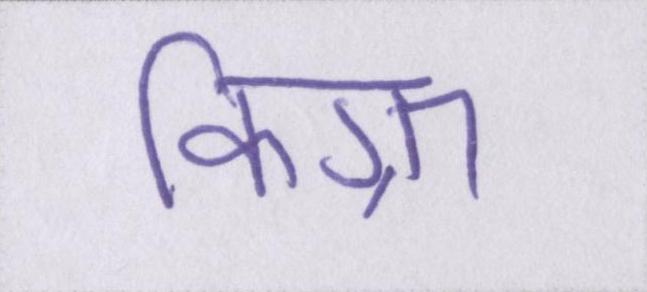
किग्रा